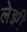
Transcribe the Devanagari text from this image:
लेझी